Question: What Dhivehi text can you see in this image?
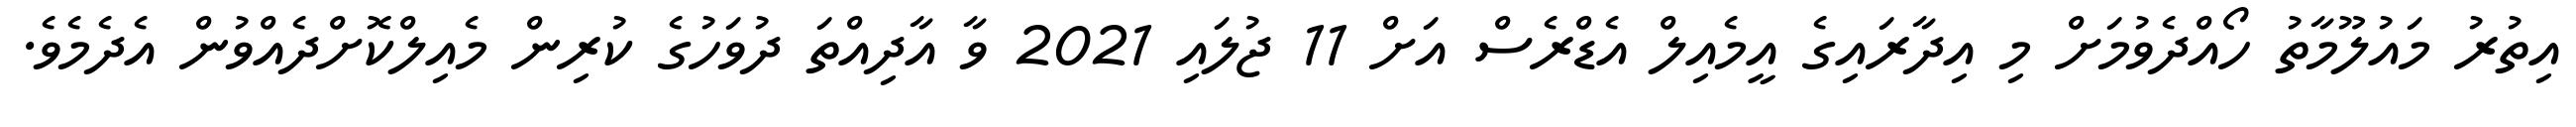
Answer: އިތުރު މައުލޫމާތު ހޯއްދެވުމަށް މި އިދާރައިގެ އީމެއިލް އެޑްރެސް އަށް 11 ޖުލައި 2021 ވާ އާދިއްތަ ދުވަހުގެ ކުރިން މެއިލްކޮށްދެއްވުން އެދެމެވެ.